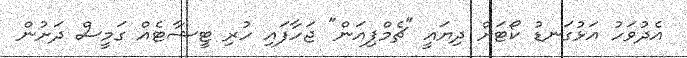
އެދުވަހު އަޅުގަނޑު ކޯޓަށް ދިޔައީ "ޗެމްޕިއަން" ޖަހާފައި ހުރި ޓީޝާޓެއް ގަމީސް ދަށުން